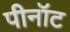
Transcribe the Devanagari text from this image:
पीनॉट